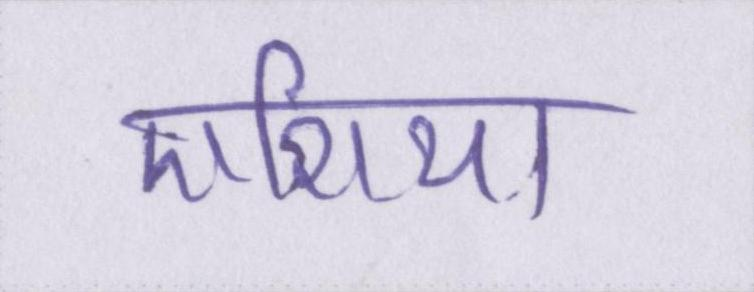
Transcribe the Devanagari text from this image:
एशिया